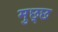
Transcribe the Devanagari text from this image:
मुछ्छ